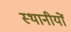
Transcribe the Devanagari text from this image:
स्थानीयों